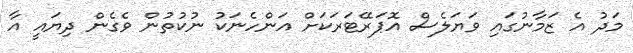
މަދު އެ ޒަމާނުގައި ވަޔަލެސް އޮޕަރޭޓަރަކަށް އަންހެނަކު ނުކުތުން ވެގެން ދިޔައީ އާ